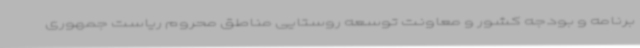
برنامه و بودجه کشور و معاونت توسعه روستایی مناطق محروم ریاست جمهوری